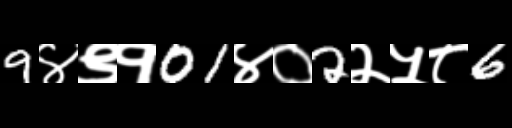
Text: 9४९१01४०2२५८6